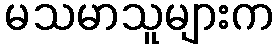
မသမာသူများက